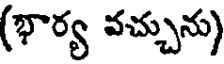
(భార్య వచ్చును)